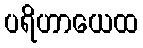
ပရိဟာယေထ